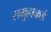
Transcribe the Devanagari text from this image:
समुहाकडे